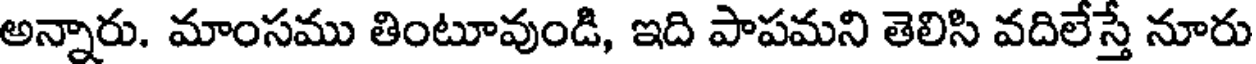
అన్నారు. మాంసము తింటూవుండి, ఇది పాపమని తెలిసి వదిలేస్తే నూరు